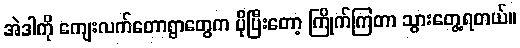
အဲဒါကို ကျေးလက်တောရွာတွေက ပိုပြီးတော့ ကြိုက်ကြတာ သွားတွေ့ရတယ်။